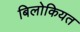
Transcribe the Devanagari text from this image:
बिलोकियत